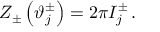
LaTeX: Z _ { \pm } \left( \vartheta _ { j } ^ { \pm } \right) = 2 \pi I _ { j } ^ { \pm } \, .